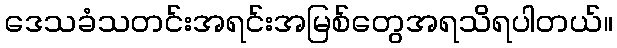
ဒေသခံသတင်းအရင်းအမြစ်တွေအရသိရပါတယ်။